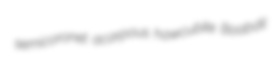
semicoronet acarpous hawcubite Boabdil